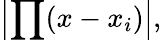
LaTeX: \left|\prod(x-x_{i})\right|,